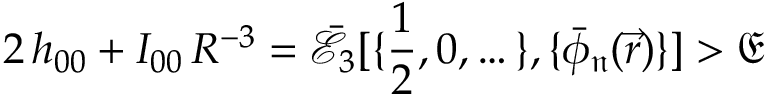
2 \, h _ { 0 0 } + I _ { 0 0 } \, R ^ { - 3 } = \mathcal { \bar { E } } _ { 3 } [ \{ \frac { 1 } { 2 } , 0 , \dots \} , \{ \bar { \phi } _ { \mathfrak { n } } ( \vec { r } ) \} ] > \mathfrak { E }